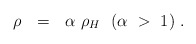
\begin{align*}\rho \ \ =\ \ \alpha \ \rho_H \ \ (\alpha \ > \ 1)\ .\end{align*}